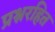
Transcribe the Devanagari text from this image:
प्रश्नरहित